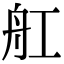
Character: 舡